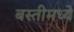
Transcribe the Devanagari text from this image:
बस्तीमध्ये